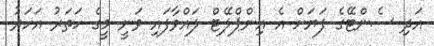
އަދި ސެންޓޭގެ ފަޔަށް އެ އިންޕްލޭޓް ލައްވާފައި ވަނީ މީގެ ހަތަރު އަހަރު